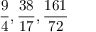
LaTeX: { \frac { 9 } { 4 } } , { \frac { 3 8 } { 1 7 } } , { \frac { 1 6 1 } { 7 2 } }